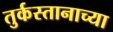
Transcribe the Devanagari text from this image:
तुर्कस्तानाच्या